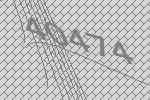
40474